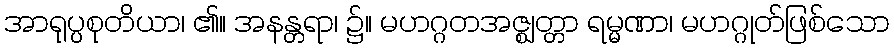
အာရုပ္ပစုတိယာ၊ ၏။ အနန္တရာ၊ ၌။ မဟဂ္ဂတအဇ္ဈတ္တာ ရမ္မဏာ၊ မဟဂ္ဂုတ်ဖြစ်သော